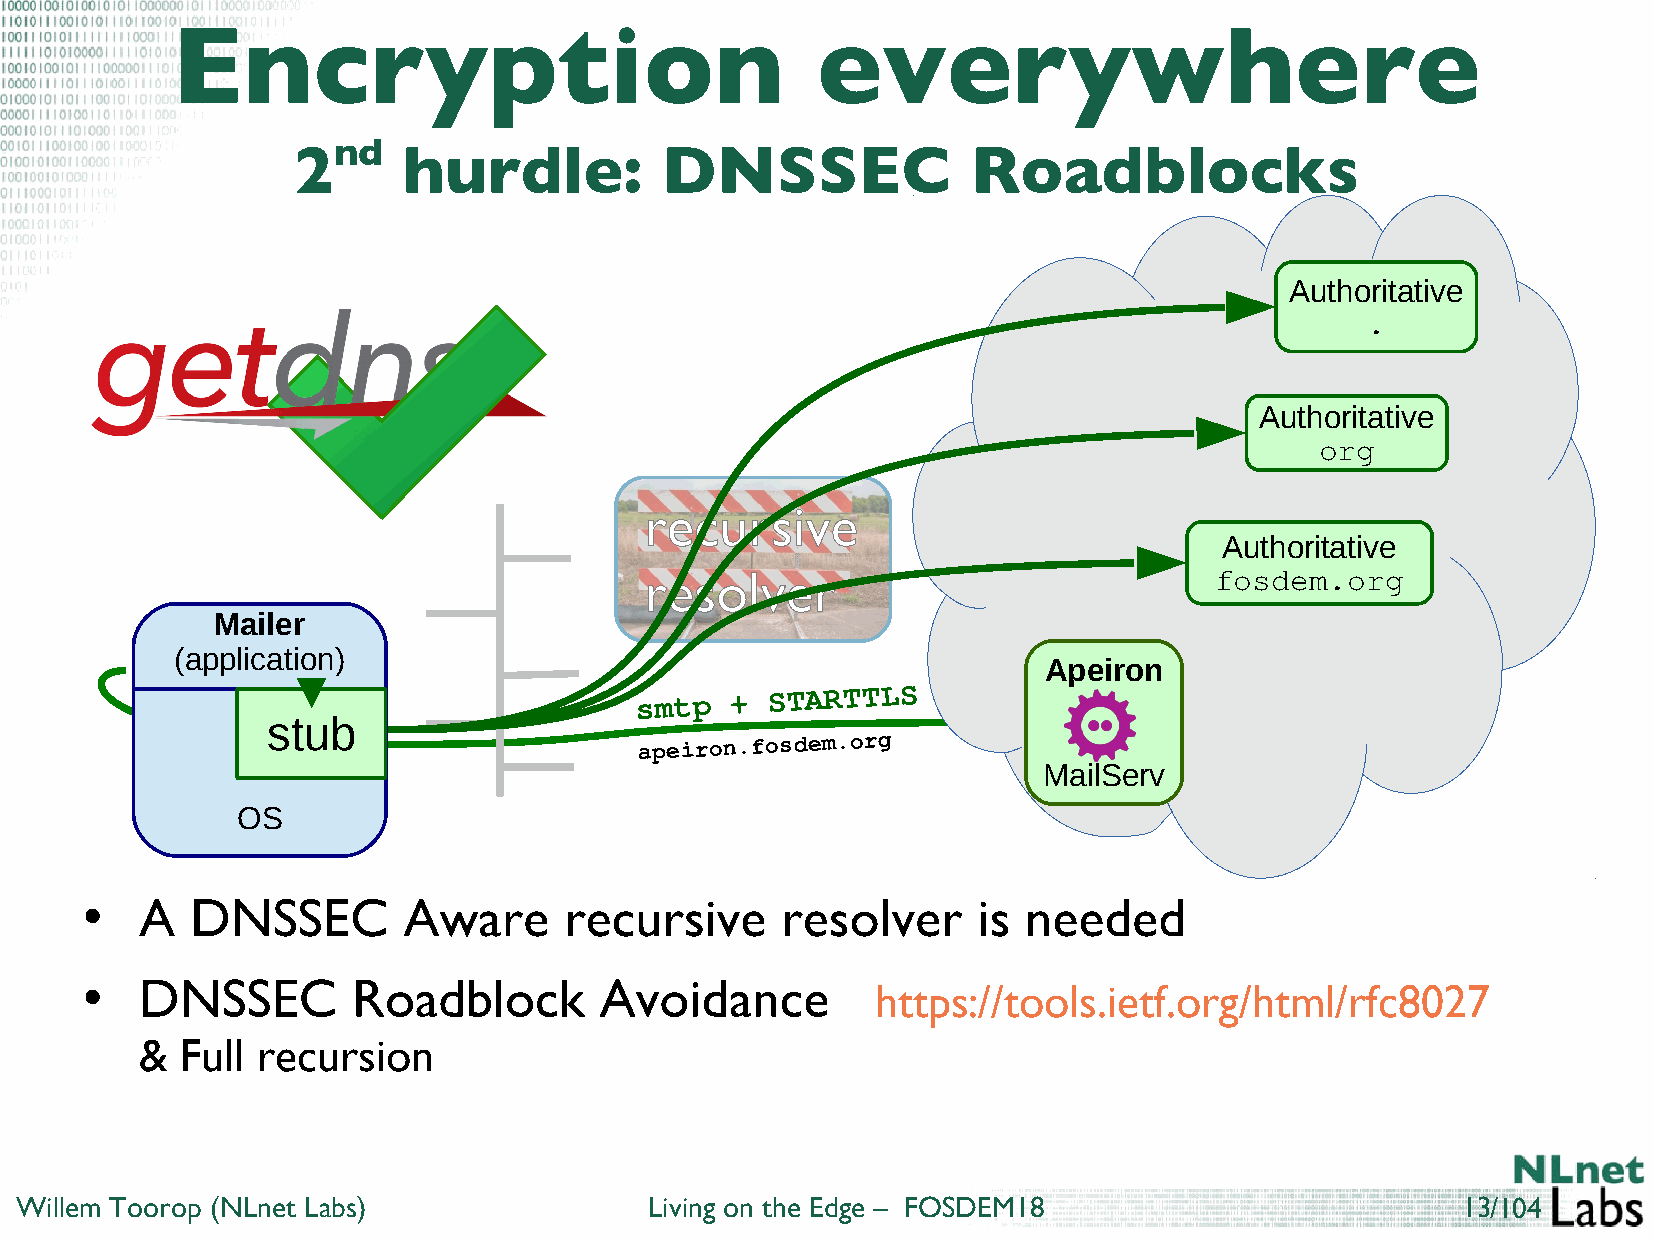
Encryption                                 everywhere
 nd
 2       hurdle:          DNSSEC              Roadblocks
 Authoritative
 .
 Authoritative
 org
 recursive
 Authoritative
 resolver                             fosdem.org
 Mailer
 (application)
 Apeiron
 smtp  +
 STARTTLS
 stub
 apeiron.fosdem.org
 MailServ
 OS
 A   DNSSEC        Aware     recursive      resolver     is needed
 ●
 DNSSEC        Roadblock        Avoidance
 ●                                                    https://tools.ietf.org/html/rfc8027
 &  Full recursion
 Willem Toorop (NLnet Labs)                Living on the Edge – FOSDEM18                         13/104